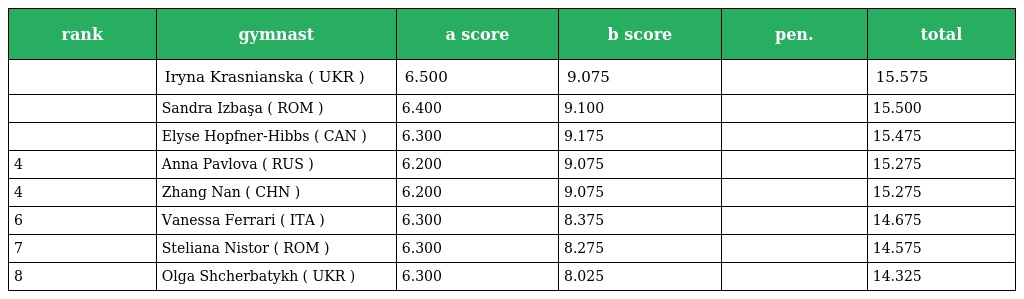
| rank | gymnast | a score | b score | pen. | total |
 | --- | --- | --- | --- | --- | --- |
 |  | Iryna Krasnianska ( UKR ) | 6.500 | 9.075 |  | 15.575 |
 |  | Sandra Izbaşa ( ROM ) | 6.400 | 9.100 |  | 15.500 |
 |  | Elyse Hopfner-Hibbs ( CAN ) | 6.300 | 9.175 |  | 15.475 |
 | 4 | Anna Pavlova ( RUS ) | 6.200 | 9.075 |  | 15.275 |
 | 4 | Zhang Nan ( CHN ) | 6.200 | 9.075 |  | 15.275 |
 | 6 | Vanessa Ferrari ( ITA ) | 6.300 | 8.375 |  | 14.675 |
 | 7 | Steliana Nistor ( ROM ) | 6.300 | 8.275 |  | 14.575 |
 | 8 | Olga Shcherbatykh ( UKR ) | 6.300 | 8.025 |  | 14.325 |